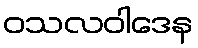
ဝသလဝါဒေန